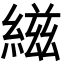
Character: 𬗭